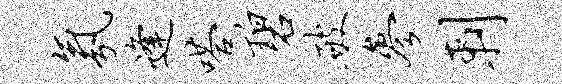
氛逢嗒碧破参剌